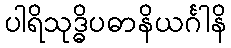
ပါရိသုဒ္ဓိပဓာနိယင်္ဂါနိ